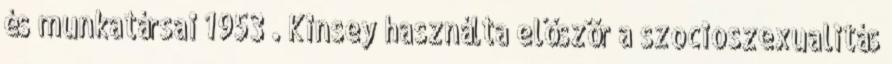
és munkatársai 1953 . Kinsey használta először a szocioszexualitás